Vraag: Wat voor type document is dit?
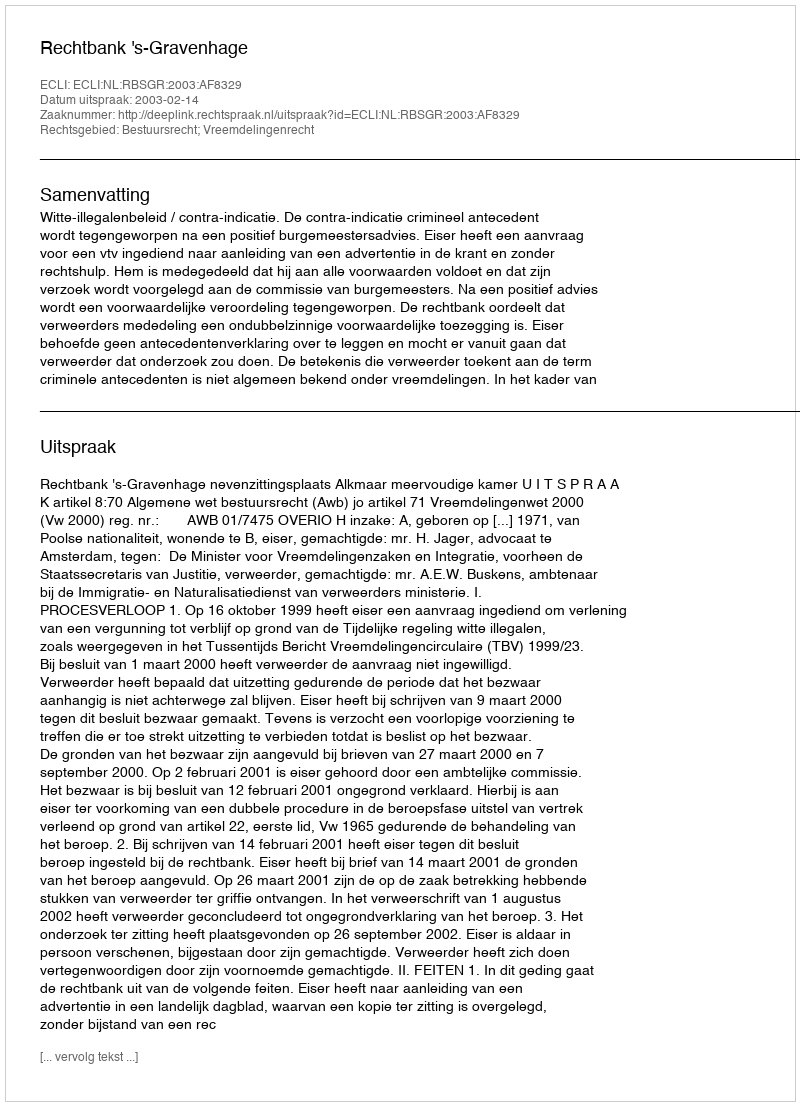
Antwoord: Uitspraak